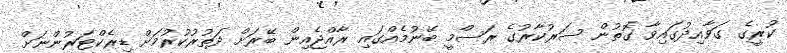
ކުރީގެ ގަވާއިދުގައިވާ ގޮތުން ސަރުކާރުގެ ރަސްމީ ބޭނުމެއްގައި ރާއްޖެއިން ބޭރަށް ދަތުރުކުރުމަށް ޑިރެކްޓަރުންނަށް